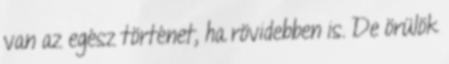
van az egész történet, ha rövidebben is. De örülök